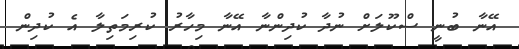
އޭނާ ބުނީ ސްކޫލަށް ނުދާ ކުދިންނާ އޭނާ މިހާރު ކުރިމަތިލާ އެ ކުދިން